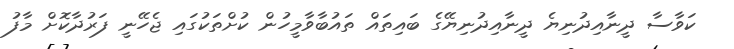
ކަވާސާ ދީނާއިދުނިޔެ ދީނާއިދުނިޔޭގެ ބައިތައް ތައުބާވާމީހުން ކުށްތަކުގައި ޖެހޭނީ ފަރުދާކޮށް މާފު